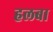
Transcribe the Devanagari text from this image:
हलबा